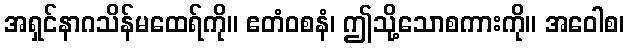
အရှင်နာဂသိန်မထေရ်ကို။ ဧတံဝစနံ၊ ဤသို့သောစကားကို။ အဝေါစ၊